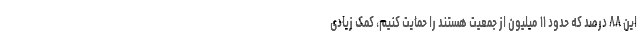
این ۸۸ درصد که حدود ۱۱ میلیون از جمعیت هستند را حمایت کنیم، کمک زیادی